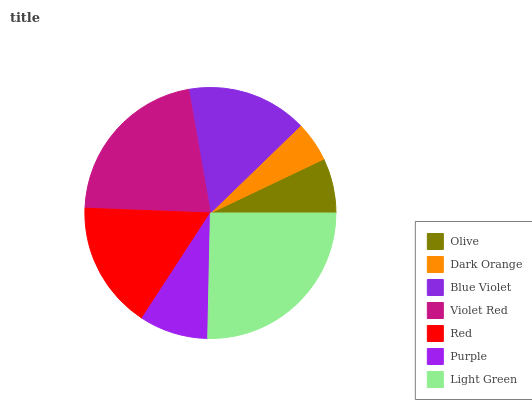
| Olive | Dark Orange | Blue Violet | Violet Red | Red | Purple | Light Green |
 | --- | --- | --- | --- | --- | --- | --- |
 | 7.07% | 5.19% | 15.5% | 21.7% | 16.4% | 8.84% | 25.3% |